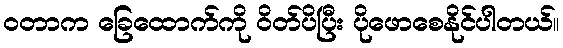
ဝတာက ခြေထောက်ကို ဝိတ်ပိပြီး ပိုဖောစေနိုင်ပါတယ်။